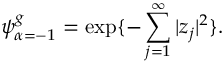
\psi _ { \alpha = - 1 } ^ { g } = \exp \{ - \sum _ { j = 1 } ^ { \infty } | z _ { j } | ^ { 2 } \} .